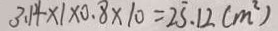
3 . 1 4 \times 1 \times 0 . 8 \times 1 0 = 2 5 . 1 2 ( m ^ { 2 } )